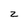
Character: z